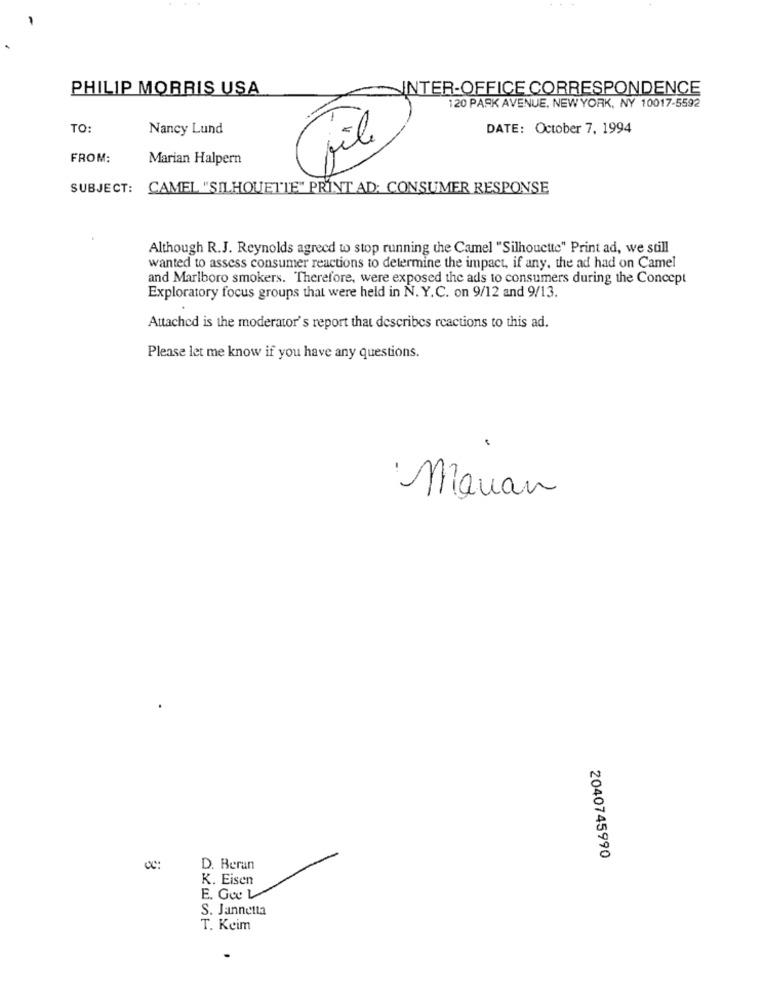
PHILIP MORRIS USA
INTER-OFFICE CORRESPONDENCE
120 PARK AVENUE, NEWYORK, NY 10017-5592
TO:
Nancy Lund
DATE: October 7, 1994
file
FROM:
Marian Halpern
SUBJECT:
CAMEL "SILHOUETTE" PRINT AD; CONSUMER RESPONSE
Although R.J. Reynolds agreed to stop running the Camel "Silhouette" Print ad, we still
wanted to assess consumer reactions to determine the impact, if any, the ad had on Camel
and Marlboro smokers. Therefore, were exposed the ads to consumers during the Concept
Exploratory focus groups that were held in N. Y.C. on 9/12 and 9/13.
Attached is the moderator's report that describes reactions to this ad.
Please let me know if you have any questions.
: Manan
2040745990
D. Beran
K. Eisen
E. Ge L
S. Jannetta
T. Keim